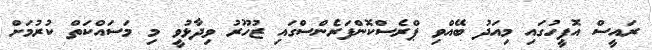
ރައީސް އޮފީހުގައި މިއަދު ބޭއްވި ޕްރެސްކޮންފަރެެންސްގައި ޒުހޫރު ވިދާޅުވީ މި މަސައްކަތް ކުރުމަށް